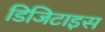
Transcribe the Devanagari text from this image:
डिजिटाइस